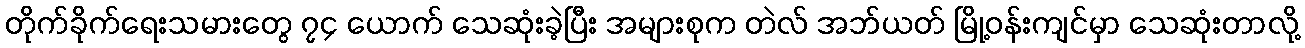
တိုက်ခိုက်ရေးသမားတွေ ၇၄ ယောက် သေဆုံးခဲ့ပြီး အများစုက တဲလ် အဘ်ယတ် မြို့ဝန်းကျင်မှာ သေဆုံးတာလို့